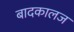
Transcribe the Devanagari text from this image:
बादकालज